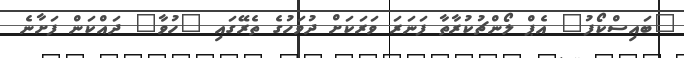
"ބައިސްކޯފު" އެޕް ލޯންޗުކުރާތާ ފަނަރަ ވަރަކަށް ދުވަހުގެ ތެރޭގައި "ހުވާ" ދައްކަން ފަށާނެ